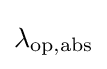
\lambda _{\mathrm {op,abs} }